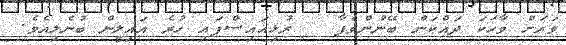
ވަރަށް ވާހަކަ ދައްކަން ބޭނުންވެފާ   ރުޅިއައިސްފައި ހުރެ އައިލީން ބުނެލިއެވެ.